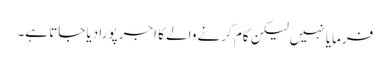
فرمایا نہیں لیکن کام کرنے والے کا اجر پورا دیا جاتا ہے۔